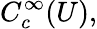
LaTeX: C_{c}^{\infty}(U),